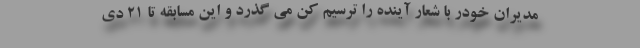
مدیران خودر با شعار آینده را ترسیم کن می گذرد و این مسابقه تا 21 دی